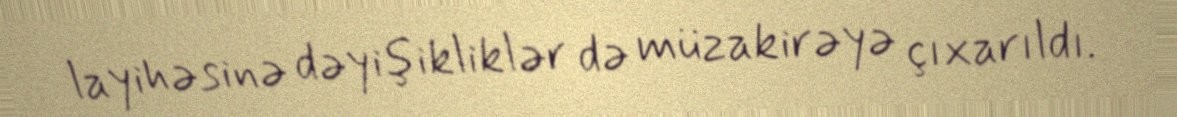
layihəsinə dəyişikliklər də müzakirəyə çıxarıldı.